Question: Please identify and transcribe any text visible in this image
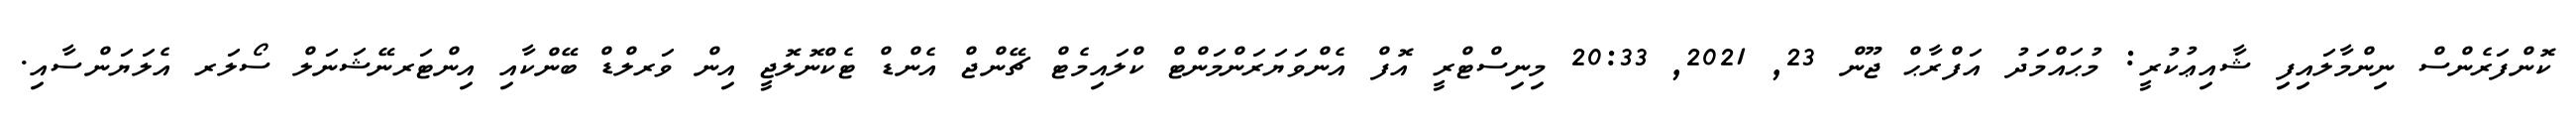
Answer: ކޮންފަރެންސް ނިންމާލައިފި ޝާއިޢުކުރީ: މުޙައްމަދު އަފްރާޙް ޖޫން 23, 2021, 20:33 މިނިސްޓްރީ އޮފް އެންވަޔަރަންމަންޓް ކްލައިމެޓް ޗޭންޖް އެންޑް ޓެކްނޮލޮޖީ އިން ވަރލްޑް ބޭންކާއި އިންޓަރނޭޝަނަލް ސޯލަރ އެލަޔަންސާއި.